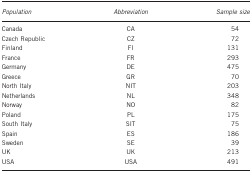
<table><thead><tr><td><b><i>Population</i></b></td><td><b><i>Abbreviation</i></b></td><td><b><i>Sample size</i></b></td></tr></thead><tbody><tr><td>Canada</td><td>CA</td><td>54</td></tr><tr><td>Czech Republic</td><td>CZ</td><td>72</td></tr><tr><td>Finland</td><td>FI</td><td>131</td></tr><tr><td>France</td><td>FR</td><td>293</td></tr><tr><td>Germany</td><td>DE</td><td>475</td></tr><tr><td>Greece</td><td>GR</td><td>70</td></tr><tr><td>North Italy</td><td>NIT</td><td>203</td></tr><tr><td>Netherlands</td><td>NL</td><td>348</td></tr><tr><td>Norway</td><td>NO</td><td>82</td></tr><tr><td>Poland</td><td>PL</td><td>175</td></tr><tr><td>South Italy</td><td>SIT</td><td>75</td></tr><tr><td>Spain</td><td>ES</td><td>186</td></tr><tr><td>Sweden</td><td>SE</td><td>39</td></tr><tr><td>UK</td><td>UK</td><td>213</td></tr><tr><td>USA</td><td>USA</td><td>491</td></tr></tbody></table>